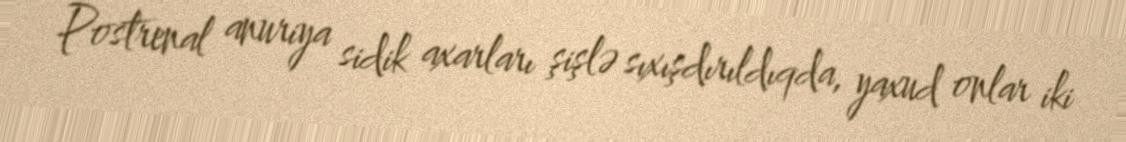
Postrenal anuriya sidik axarları şişlə sıxışdırıldıqda, yaxud onlar iki